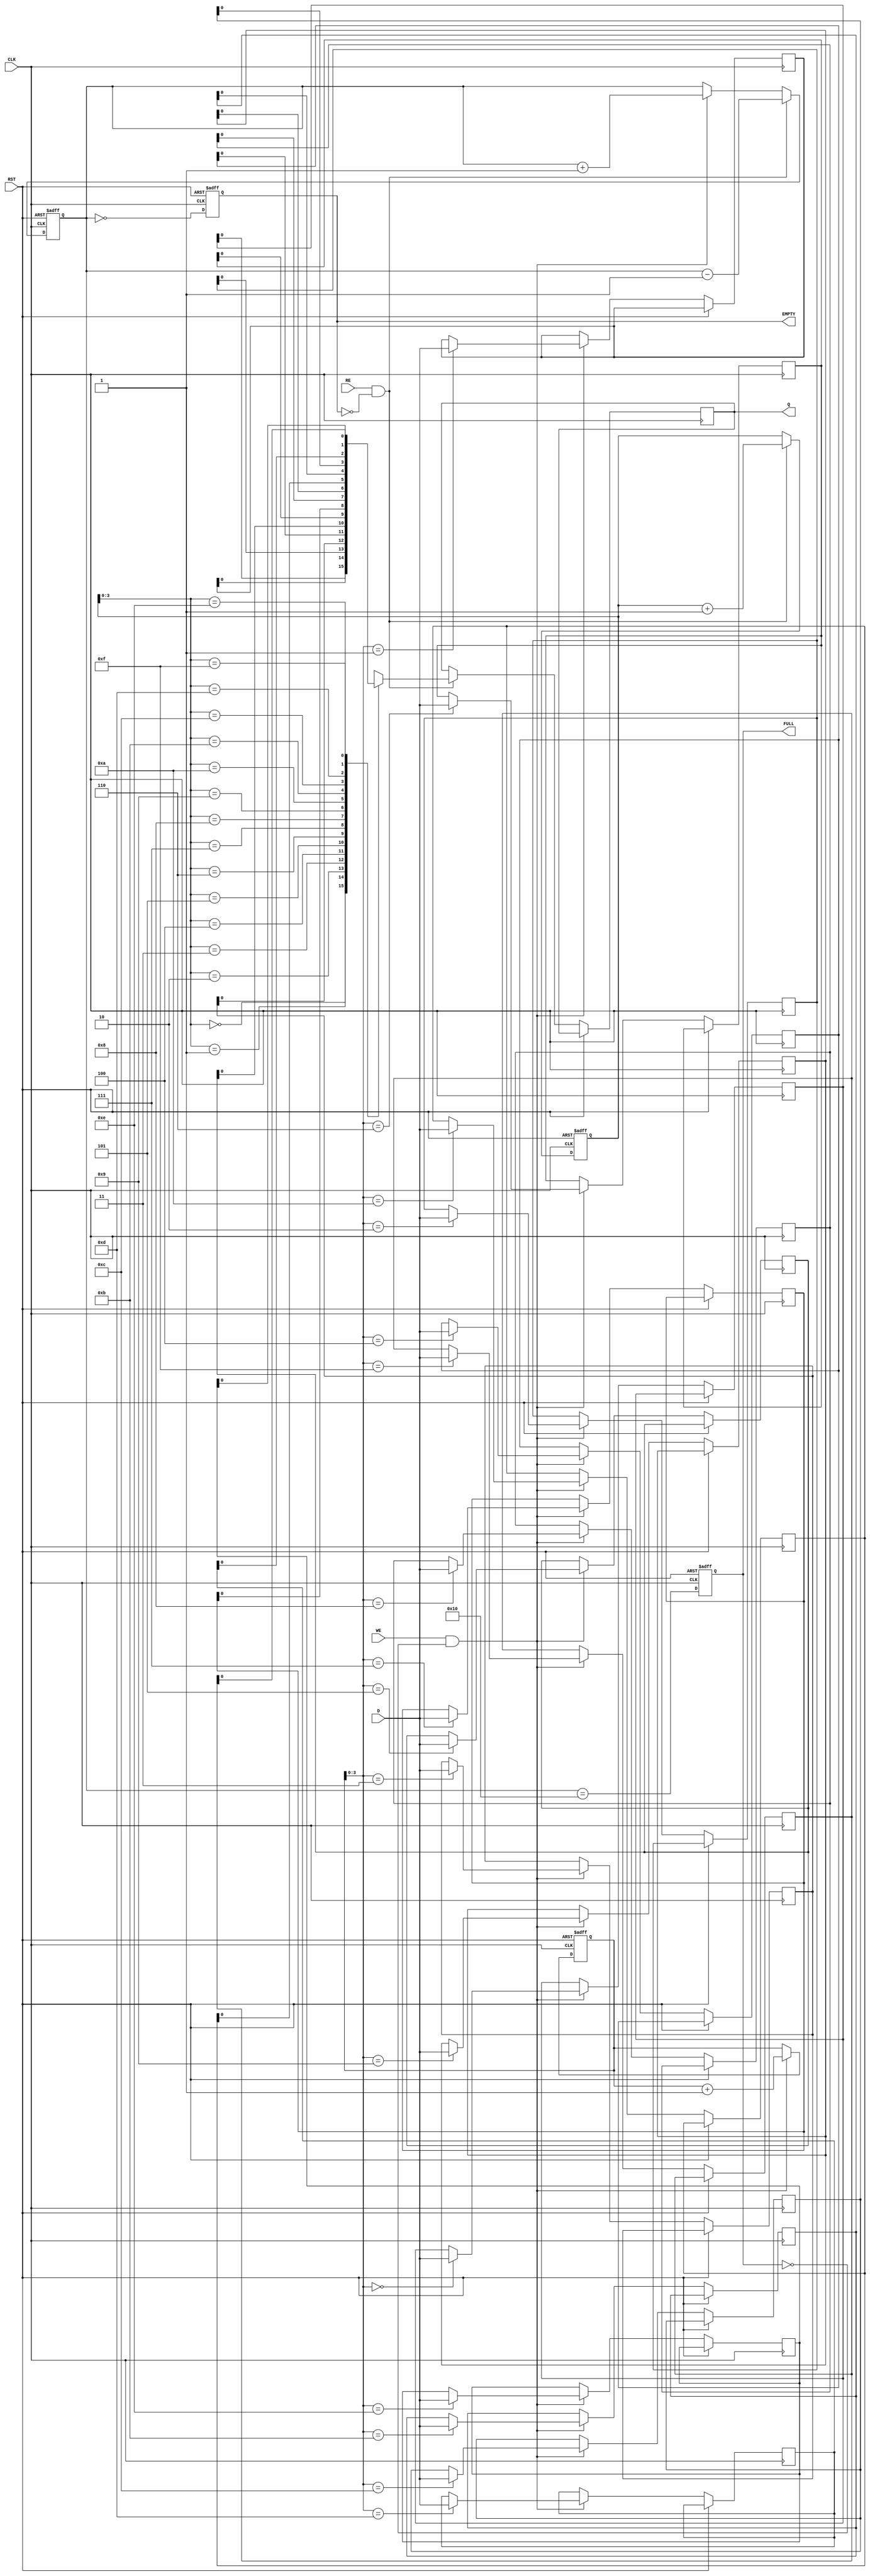
module fifo_piso #(
    parameter n = 8,      // Width of parallel data input
    parameter depth = 16  // Depth of the FIFO
)(
    input  wire [n-1:0] D,       // Parallel Data Input
    input  wire WE,               // Write Enable
    input  wire RE,               // Read Enable
    input  wire CLK,              // Clock
    input  wire RST,              // Reset
    output reg  Q,                // Serial Output
    output reg  FULL,             // Full Flag
    output reg  EMPTY             // Empty Flag
);

    // Internal storage for the FIFO
    reg [n-1:0] fifo_mem [0:depth-1];
    reg [depth-1:0] write_pointer;  // Write pointer
    reg [depth-1:0] read_pointer;   // Read pointer
    reg [depth:0] count;            // Count of items in the FIFO

    // Asynchronous reset and pointer management
    always @(posedge CLK or posedge RST) begin
        if (RST) begin
            // Initialize pointers and flags
            write_pointer <= 0;
            read_pointer  <= 0;
            count         <= 0;
            FULL          <= 0;
            EMPTY         <= 1;
        end else begin
            // Write logic
            if (WE && !FULL) begin
                fifo_mem[write_pointer] <= D;  // Store data
                write_pointer <= write_pointer + 1;
                count <= count + 1;
            end

            // Read logic
            if (RE && !EMPTY) begin
                Q <= fifo_mem[read_pointer][0]; // Output the least significant bit
                read_pointer <= read_pointer + 1;
                count <= count - 1;
            end

            // Update FULL and EMPTY flags
            FULL <= (count == depth);
            EMPTY <= (count == 0);
        end
    end
  
endmodule